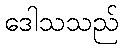
ဒေါသသည်